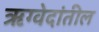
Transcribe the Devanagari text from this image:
ऋग्वेदांतील